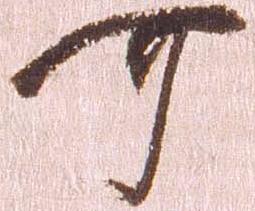
可